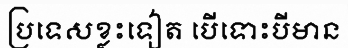
ប្រទេសខ្លះទៀត បើទោះបីមាន